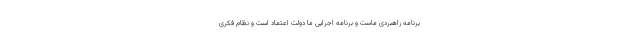
برنامه راهبردی ماست و برنامه اجرایی ما دولت اعتماد است و نظام فکری